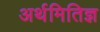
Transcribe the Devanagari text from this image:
अर्थमितिज्ञ